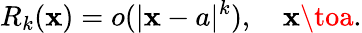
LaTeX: R_{k}(\mathbf{x})=o(|\mathbf{x}-a|^{k}),\quad\mathbf{x}\toa.